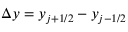
\Delta y = y _ { j + 1 / 2 } - y _ { j - 1 / 2 }